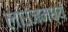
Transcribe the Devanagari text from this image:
लाउंजमध्ये